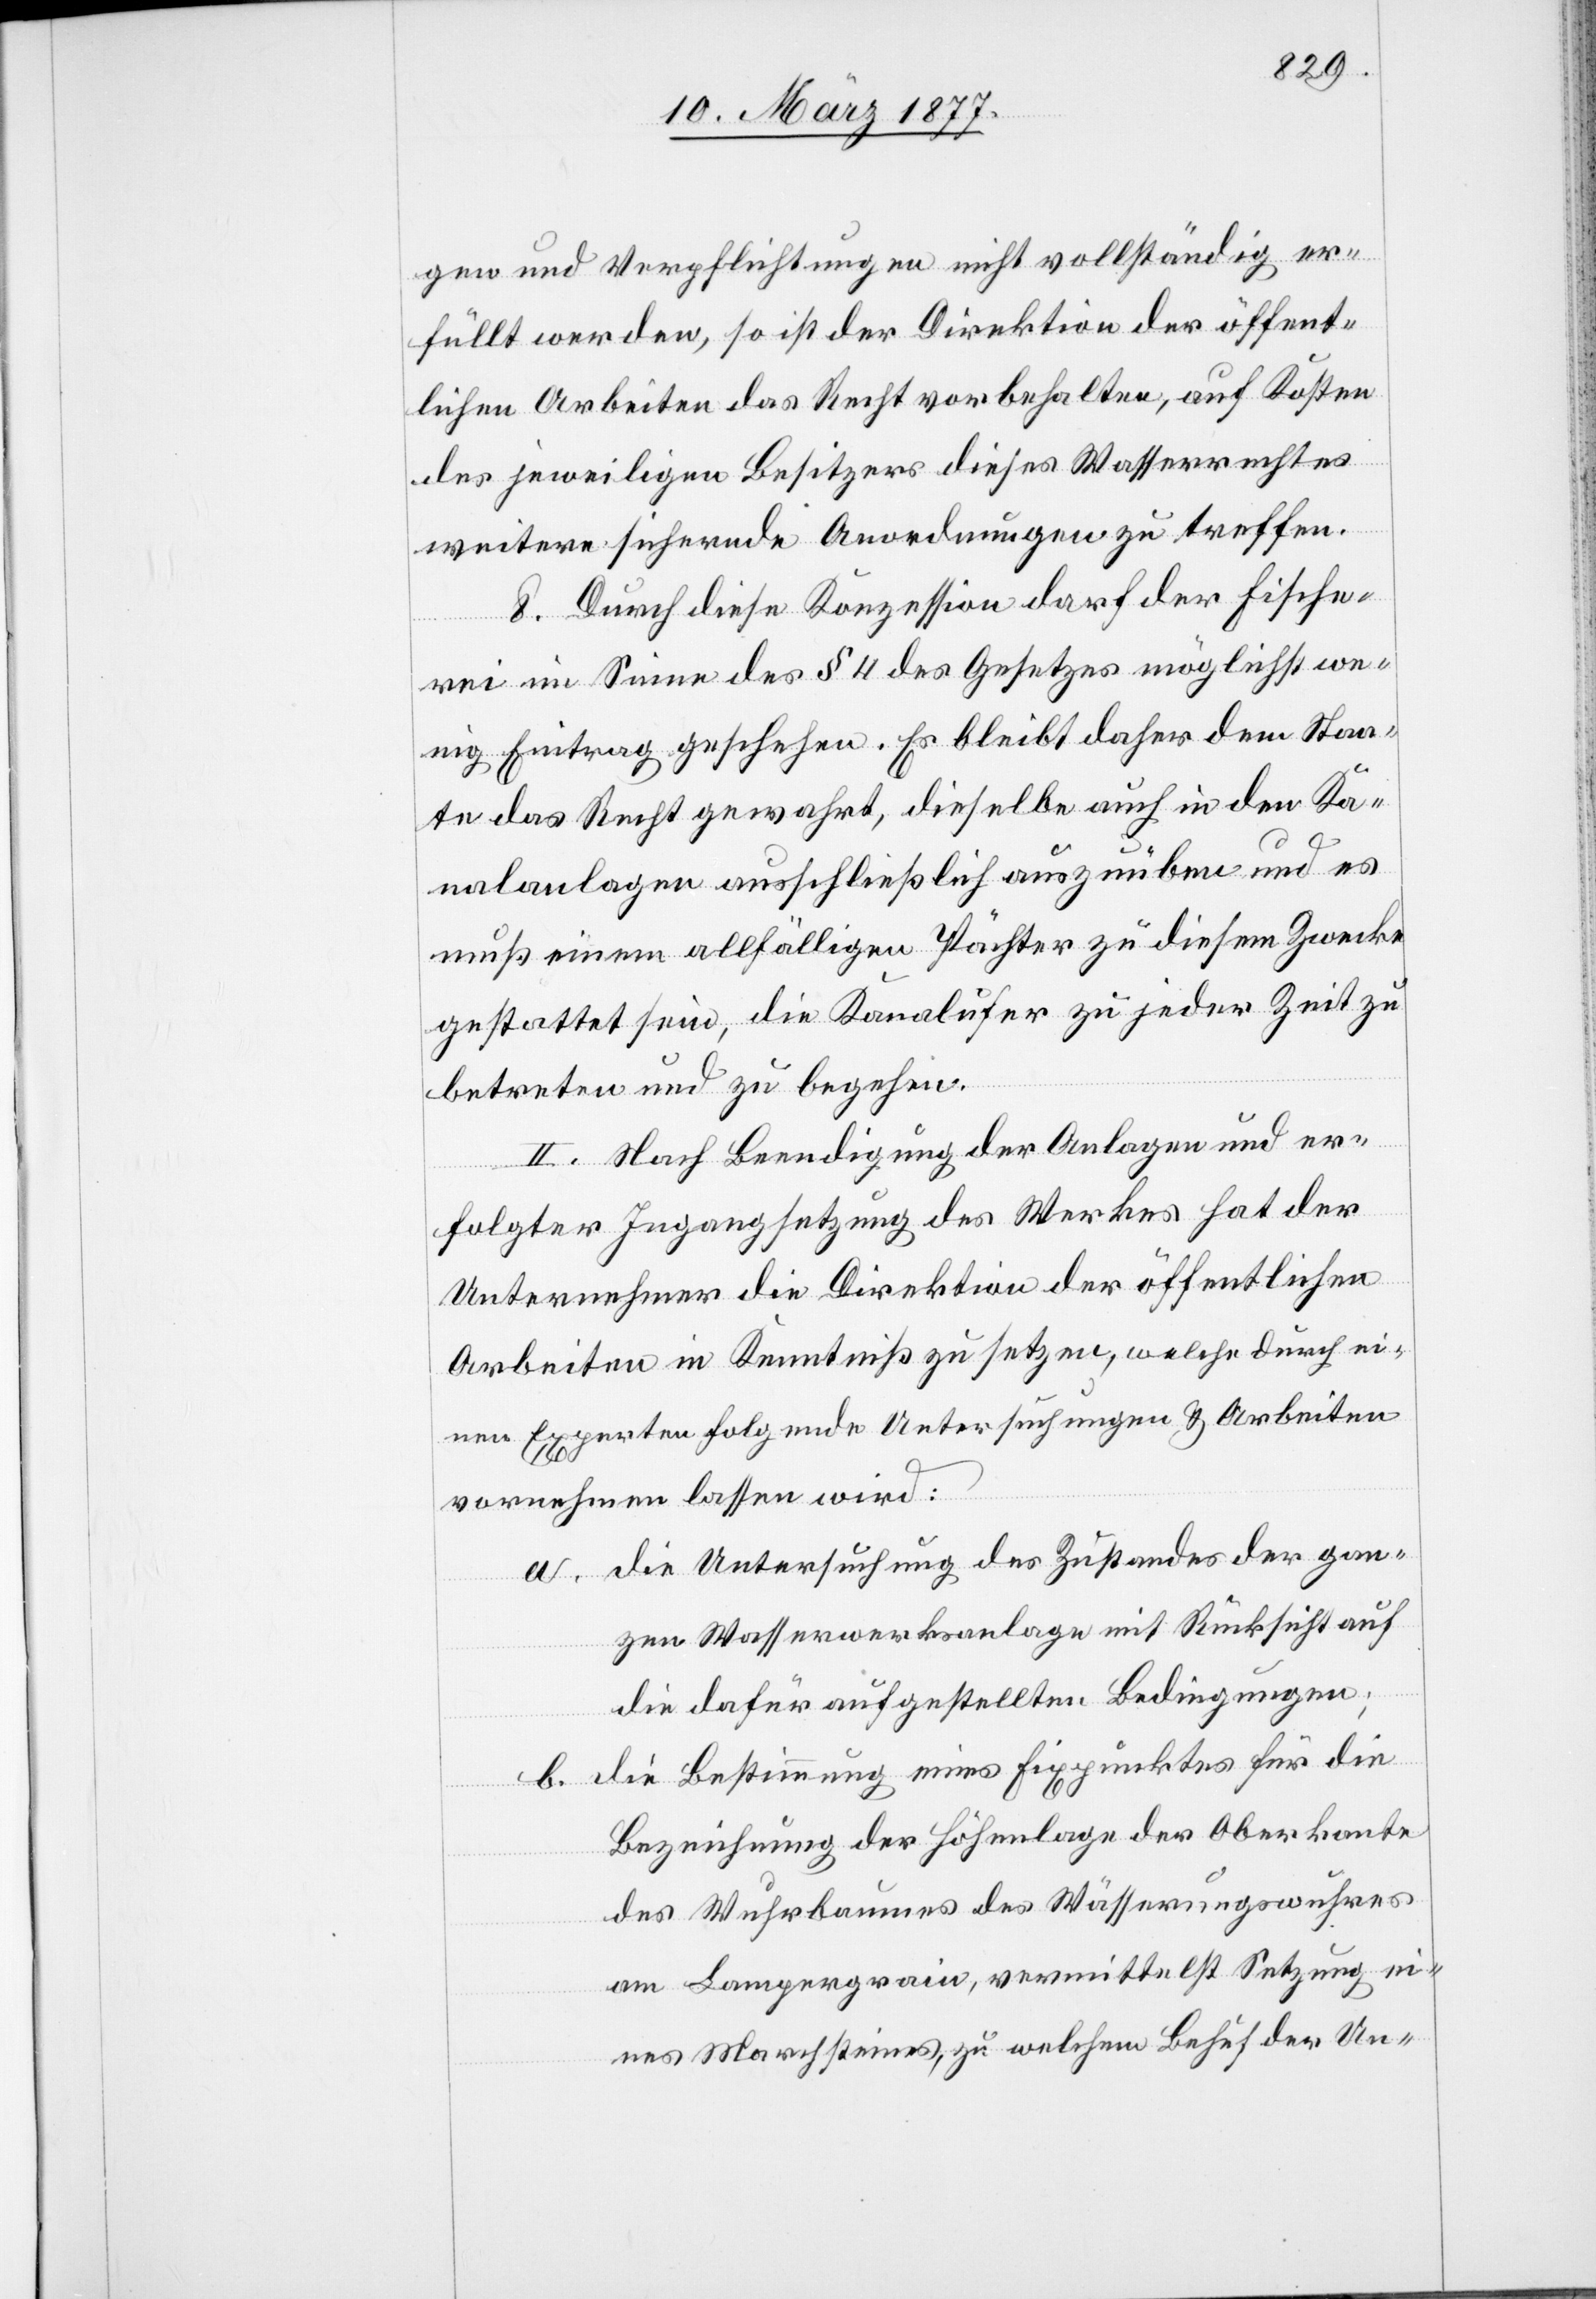
gen und Verpflichtungen nicht vollständig er¬
füllt werden, so ist der Direktion der öffent¬
lichen Arbeiten das Recht vorbehalten, auf Kosten
des jeweiligen Besitzers dieses Wasserrechtes
weitere sichernde Anordnungen zu treffen.
8. Durch diese Konzession darf der Fische¬
rei im Sinne des § 4 des Gesetzes möglichst we¬
nig Eintrag geschehen. Es bleibt daher dem Staa¬
te das Recht gewahrt, dieselbe auch in den Ka¬
nalanlagen ausschließlich auszuüben und es
muß einem allfälligen Pächter zu diesem Zwecke
gestattet sein, die Kanalufer zu jeder Zeit zu
betreten und zu begehen.
II. Nach Beendigung der Anlagen und er¬
folgter Ingangsetzung des Werkes hat der
Unternehmer die Direktion der öffentlichen
Arbeiten in Kenntniß zu setzen, welche durch ei¬
nen Experten folgende Untersuchungen & Arbeiten
vornehmen lassen wird:
a. die Untersuchung des Zustandes der gan¬
zen Wasserwerksanlage mit Rücksicht auf
die dafür aufgestellten Bedingungen;
die Bestimmung eines Fixpunktes für die
b.
Bezeichnung der Höhenlage der Oberkante
des Wuhrbaumes des Wässerungswuhres
am Lampergrain, vermittelst Setzung ein¬
es Marchsteines, zu welchem Behuf der Un-